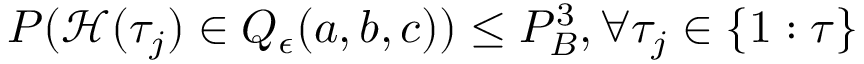
P ( \mathcal { H } ( \tau _ { j } ) \in Q _ { \epsilon } ( a , b , c ) ) \leq P _ { B } ^ { 3 } , \forall \tau _ { j } \in \{ 1 : \tau \}